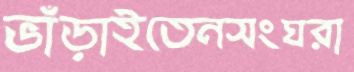
ভাঁড়াইতেনসংঘরা